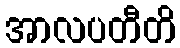
အာလပတီတိ